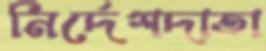
নির্দেশদাতা